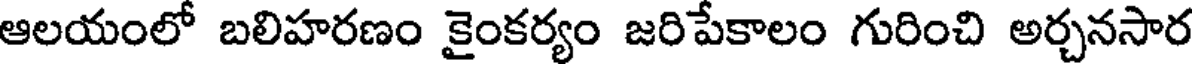
ఆలయంలో బలిహరణం కైంకర్యం జరిపేకాలం గురించి అర్చనసార